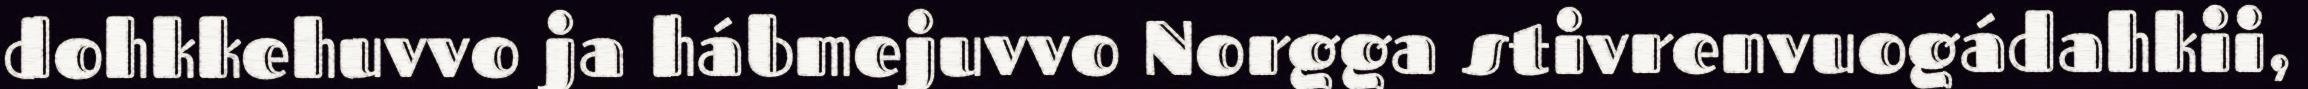
dohkkehuvvo ja hábmejuvvo Norgga stivrenvuogádahkii,